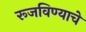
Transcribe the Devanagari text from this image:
रूजविण्याचे